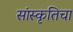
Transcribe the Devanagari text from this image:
सांस्कृतिचा